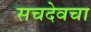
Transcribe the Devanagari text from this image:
सचदेवचा